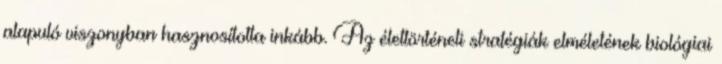
alapuló viszonyban hasznosította inkább. Az élettörténeti stratégiák elméletének biológiai